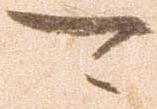
可